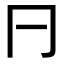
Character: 𠔼